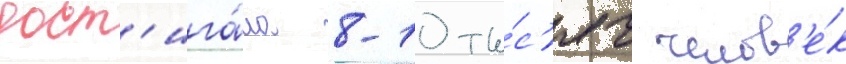
дост'ига́ла 8-10 ты́с'яч челов'е́к